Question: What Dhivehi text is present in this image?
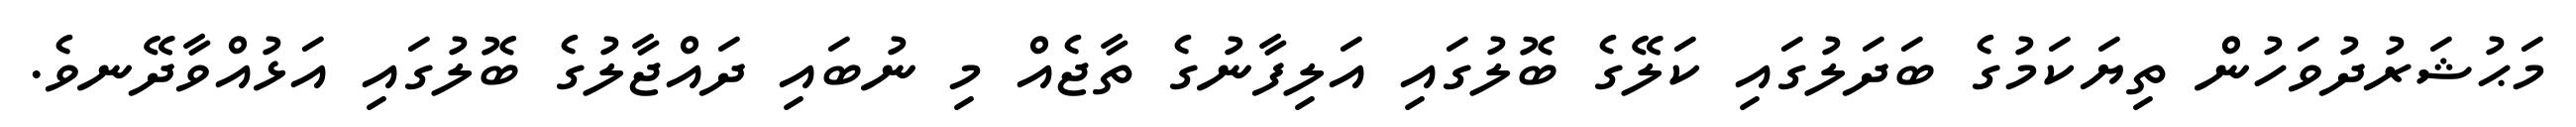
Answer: މަޙުޝަރުދުވަހުން ތިޔަކަމުގެ ބަދަލުގައި ކަލޭގެ ބޮލުގައި އަލިފާނުގެ ތާޖެއް މި ނުބައި ދައްޖާލުގެ ބޮލުގައި އަޅުއްވާދޭނވެ.